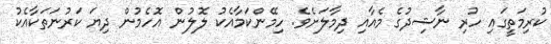
ކުރިމަތީގައި ހުރި ނާޝިދުގެ މެއާއި ދިމާލަށެވެ. ހިމޭންކަމާއެކު ލޮލުން އޮހެމުން ދިޔަ ކަރުނަތަކާއެކު